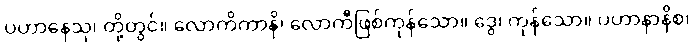
ပဟာနေသု၊ တို့တွင်။ လောကိကာနိ၊ လောကီဖြစ်ကုန်သော။ ဒွေ၊ ကုန်သော။ ပဟာနာနိစ၊